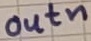
Text: outn